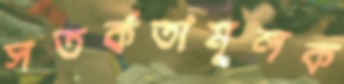
সতর্কতামূলক